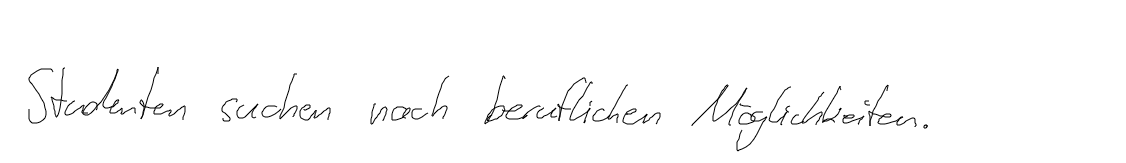
Studenten suchen nach beruflichen Möglichkeiten.